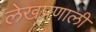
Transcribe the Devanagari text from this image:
लेखप्रणाली